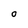
Character: O